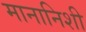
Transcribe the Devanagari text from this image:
मानानिशी